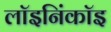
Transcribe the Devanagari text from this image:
लॉइनिंकॉइ